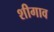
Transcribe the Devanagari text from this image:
शीगाव